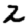
Digit: 2